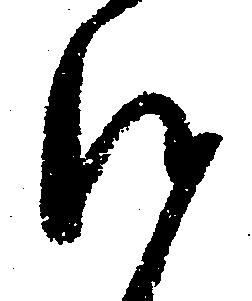
沙